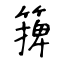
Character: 篺